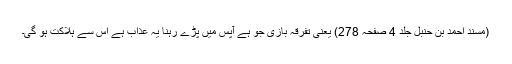
(مسند احمد بن حنبل جلد 4 صفحہ 278) یعنی تفرقہ بازی جو ہے آپس میں پڑے رہنا یہ عذاب ہے اس سے ہلاکت ہو گی۔